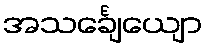
အသင်္ချေယျော